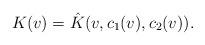
LaTeX: \begin{align*}K(v) = \hat{K}(v,c_1(v),c_2(v)).\end{align*}